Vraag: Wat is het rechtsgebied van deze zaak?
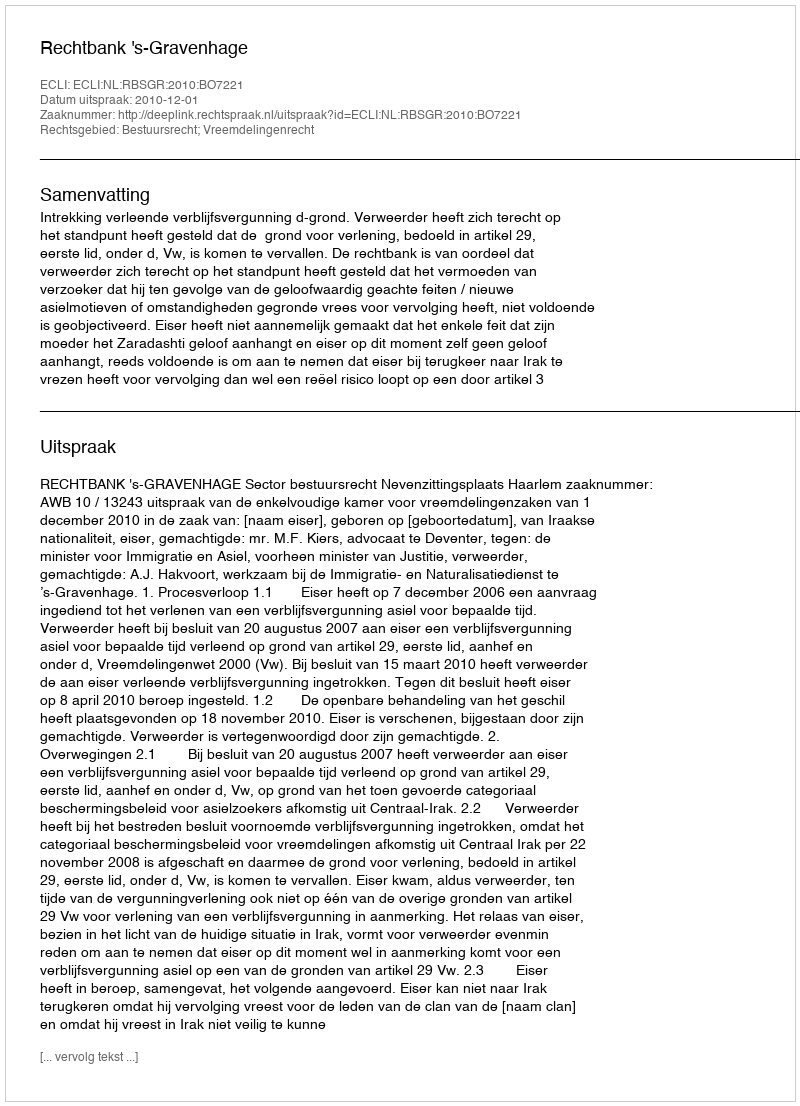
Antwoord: Bestuursrecht; Vreemdelingenrecht